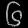
Digit: ၆